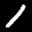
Label: 1